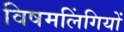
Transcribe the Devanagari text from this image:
विषमलिंगियों